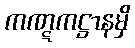
ကဏ္ဋကဋ္ဌာနမှိ